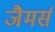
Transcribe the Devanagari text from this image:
जैमर्स